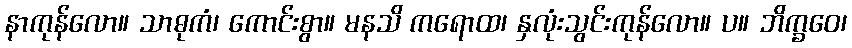
နာကုန်လော။ သာဓုကံ၊ ကောင်းစွာ။ မနသိ ကရောထ၊ နှလုံးသွင်းကုန်လော။ ပ။ ဘိက္ခဝေ၊